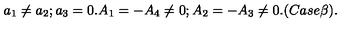
a _ { 1 } \neq a _ { 2 } ; a _ { 3 } = 0 . A _ { 1 } = - A _ { 4 } \neq 0 ; A _ { 2 } = - A _ { 3 } \neq 0 . ( C a s e \beta ) .